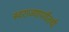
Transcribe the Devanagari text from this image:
स्वराज्यापर्यंतची